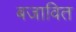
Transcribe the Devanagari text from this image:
बजावित